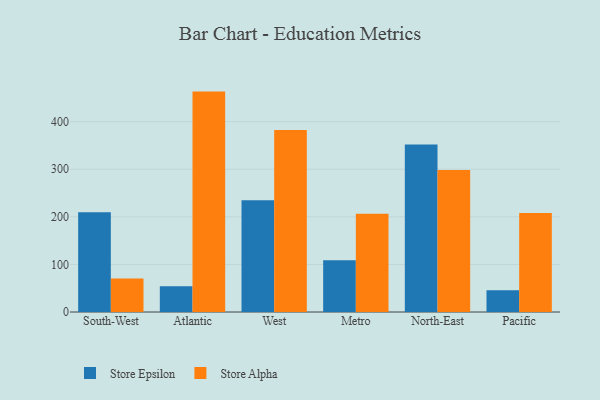
{"axis": {"x": "Region", "y": "LTV (USD)"}, "legend": ["Store Alpha", "Store Epsilon"], "data": [{"x": "South-West", "y": 209.5, "type": "Store Epsilon"}, {"x": "South-West", "y": 70.4, "type": "Store Alpha"}, {"x": "Atlantic", "y": 54.1, "type": "Store Epsilon"}, {"x": "Atlantic", "y": 463.1, "type": "Store Alpha"}, {"x": "West", "y": 234.6, "type": "Store Epsilon"}, {"x": "West", "y": 382.6, "type": "Store Alpha"}, {"x": "Metro", "y": 108.7, "type": "Store Epsilon"}, {"x": "Metro", "y": 206.2, "type": "Store Alpha"}, {"x": "North-East", "y": 351.8, "type": "Store Epsilon"}, {"x": "North-East", "y": 298.3, "type": "Store Alpha"}, {"x": "Pacific", "y": 45.8, "type": "Store Epsilon"}, {"x": "Pacific", "y": 208.1, "type": "Store Alpha"}]}